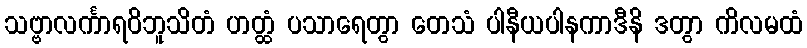
သဗ္ဗာလင်္ကာရဝိဘူသိတံ ဟတ္ထံ ပသာရေတွာ တေသံ ပါနီယပါနကာဒီနိ ဒတွာ ကိလမထံ